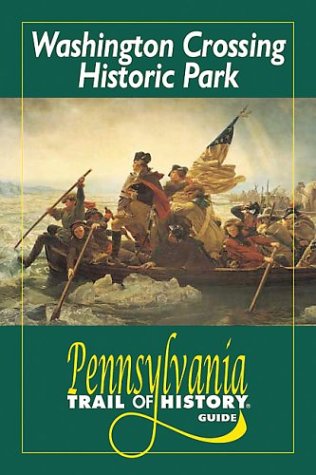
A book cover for Washington Crossing Historic Park (Pennsylvania Trail of History Guides); John Bradley; Travel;